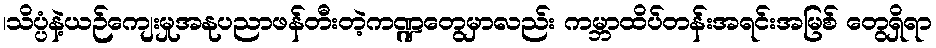
၊သိပ္ပံနဲ့ယဉ်ကျေးမှုအနုပညာဖန်တီးတဲ့ကဏ္ဍတွေမှာလည်း ကမ္ဘာထိပ်တန်းအရင်းအမြစ် တွေရှိရာ